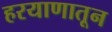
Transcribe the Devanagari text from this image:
हरयाणातून